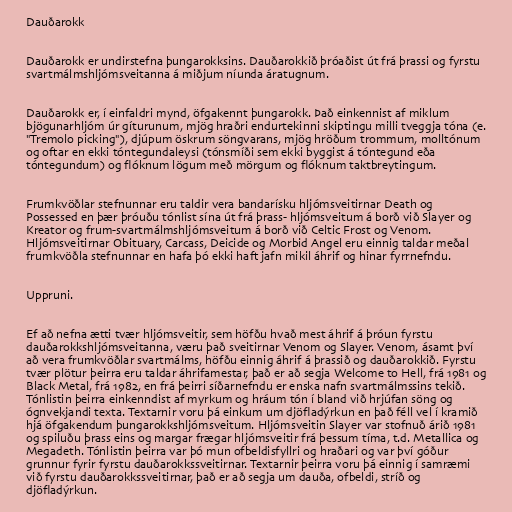
Dauðarokk

Dauðarokk er undirstefna þungarokksins. Dauðarokkið þróaðist út frá þrassi og fyrstu
svartmálmshljómsveitanna á miðjum níunda áratugnum.

Dauðarokk er, í einfaldri mynd, öfgakennt þungarokk. Það einkennist af miklum
bjögunarhljóm úr gíturunum, mjög hraðri endurtekinni skiptingu milli tveggja tóna (e.
"Tremolo picking"), djúpum öskrum söngvarans, mjög hröðum trommum, molltónum
og oftar en ekki tóntegundaleysi (tónsmíði sem ekki byggist á tóntegund eða
tóntegundum) og flóknum lögum með mörgum og flóknum taktbreytingum.

Frumkvöðlar stefnunnar eru taldir vera bandarísku hljómsveitirnar Death og
Possessed en þær þróuðu tónlist sína út frá þrass- hljómsveitum á borð við Slayer og
Kreator og frum-svartmálmshljómsveitum á borð við Celtic Frost og Venom.
Hljómsveitirnar Obituary, Carcass, Deicide og Morbid Angel eru einnig taldar meðal
frumkvöðla stefnunnar en hafa þó ekki haft jafn mikil áhrif og hinar fyrrnefndu.

Uppruni.

Ef að nefna ætti tvær hljómsveitir, sem höfðu hvað mest áhrif á þróun fyrstu
dauðarokkshljómsveitanna, væru það sveitirnar Venom og Slayer. Venom, ásamt því
að vera frumkvöðlar svartmálms, höfðu einnig áhrif á þrassið og dauðarokkið. Fyrstu
tvær plötur þeirra eru taldar áhrifamestar, það er að segja Welcome to Hell, frá 1981 og
Black Metal, frá 1982, en frá þeirri síðarnefndu er enska nafn svartmálmssins tekið.
Tónlistin þeirra einkenndist af myrkum og hráum tón í bland við hrjúfan söng og
ógnvekjandi texta. Textarnir voru þá einkum um djöfladýrkun en það féll vel í kramið
hjá öfgakendum þungarokkshljómsveitum. Hljómsveitin Slayer var stofnuð árið 1981
og spiluðu þrass eins og margar frægar hljómsveitir frá þessum tíma, t.d. Metallica og
Megadeth. Tónlistin þeirra var þó mun ofbeldisfyllri og hraðari og var því góður
grunnur fyrir fyrstu dauðarokkssveitirnar. Textarnir þeirra voru þá einnig í samræmi
við fyrstu dauðarokkssveitirnar, það er að segja um dauða, ofbeldi, stríð og
djöfladýrkun.